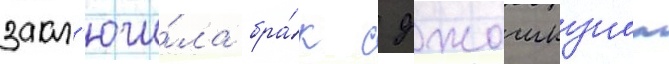
закл'ючи́ла бра́к с джошкуном